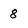
Character: 8